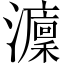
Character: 𤃢